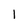
Character: 1